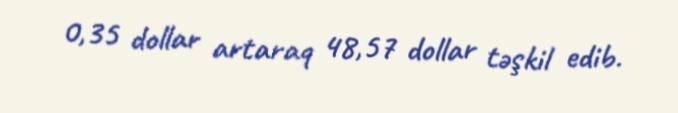
0,35 dollar artaraq 48,57 dollar təşkil edib.